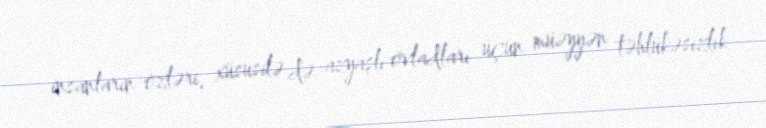
insanların özləri, xüsusilə də azyaşlı övladları üçün müəyyən təhlükəsizlik